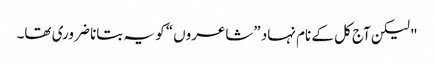
" لیکن آج کل کے نام نہاد ”شاعروں“ کو یہ بتانا ضروری تھا۔